Madras plague regulations and rules - Volume 2
Disease focus: Plague
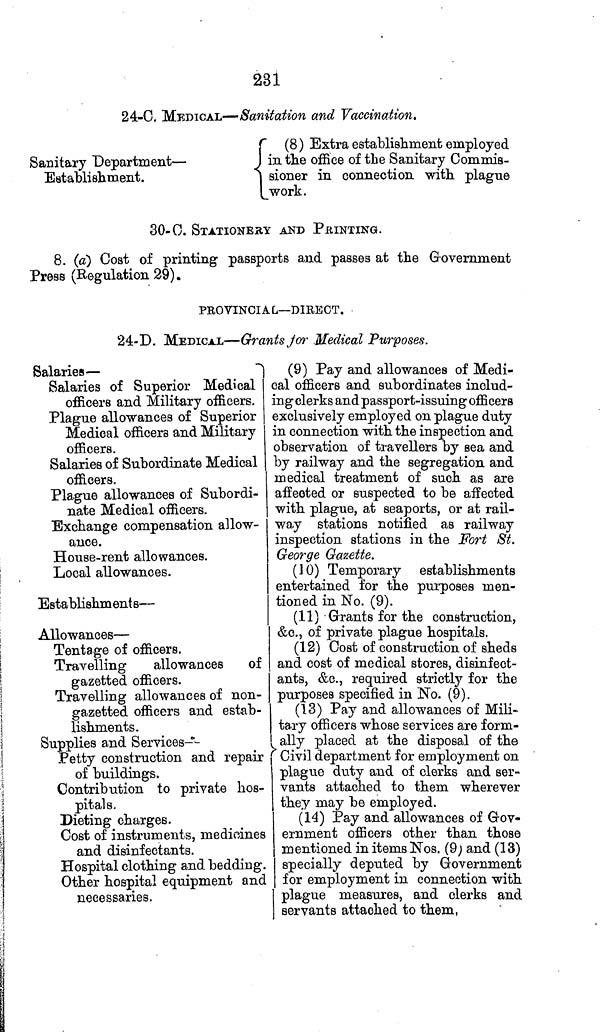
231
24-C. MEDICAL—Sanitation and Vaccination.
Sanitary Department —
Establishment.
(8) Extra establishment employed
in the office of the Sanitary Commis-
sioner in connection with plague
work.
30-C. STATIONERY AND PRINTING.
8. (a) Cost of printing passports and passes at the Government
Press (Regulation 29).
PROVINCIAL—DIRECT.
24-D. MEDICAL—Grants for Medical Purposes.
Salaries —
Salaries of Superior Medical
officers and Military officers.
Plague allowances of Superior
Medical officers and Military
officers.
Salaries of Subordinate Medical
officers.
Plague allowances of Subordi-
nate Medical officers.
Exchange compensation allow-
ance.
House-rent allowances.
Local allowances.
Establishments —
Allowances —
Tentage of officers.
Travelling
allowances of
gazetted officers.
Travelling allowances of non-
gazetted officers and estab-
lishments.
Supplies and Services —
Petty construction and repair
of buildings.
Contribution to private hos-
pitals.
Dieting charges.
Cost of instruments, medicines
and disinfectants.
Hospital clothing and bedding.
Other hospital equipment and
necessaries.
(9) Pay and allowances of Medi-
cal officers and subordinates includ-
ing clerks and passport-issuing officers
exclusively employed on plague duty
in connection with the inspection and
observation of travellers by sea and
by railway and the segregation and
medical treatment of such as are
affected or suspected to be affected
with plague, at seaports, or at rail-
way stations notified as railway
inspection stations in the Fort St.
George Gazette.
(10) Temporary establishments
entertained for the purposes men-
tioned in No. (9).
(11) Grants for the construction,
&c., of private plague hospitals.
(12) Cost of construction of sheds
and cost of medical stores, disinfect-
ants, &c., required strictly for the
purposes specified in No. (9).
(13) Pay and allowances of Mili-
tary officers whose services are form-
ally placed at the disposal of the
Civil department for employment on
plague duty and of clerks and ser-
vants attached to them wherever
they may be employed.
(14) Pay and allowances of Gov-
ernment officers other than those
mentioned in items Nos. (9; and (13)
specially deputed by Government
for employment in connection with
plague measures, and clerks and
servants attached to them,